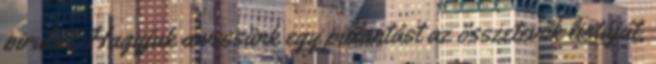
pirulát. Hagyjuk a vessünk egy pillantást az összetevők listáját,